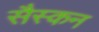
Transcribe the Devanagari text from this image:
सैस्कन